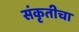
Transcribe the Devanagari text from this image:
संकृतीचा